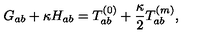
G _ { a b } + \kappa H _ { a b } = T _ { a b } ^ { ( 0 ) } + \frac { \kappa } { 2 } T _ { a b } ^ { ( m ) } ,